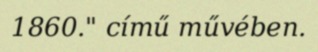
1860." című művében.